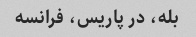
بله، در پاریس، فرانسه